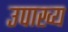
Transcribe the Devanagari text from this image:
उपाख्‍य